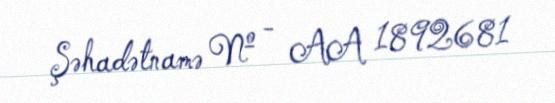
Şəhadətnamə № - AA 1892681